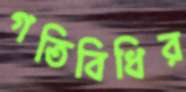
গতিবিধির